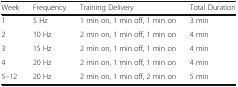
<table><thead><tr><td><b>Week</b></td><td><b>Frequency</b></td><td><b>Training Delivery</b></td><td><b>Total Duration</b></td></tr></thead><tbody><tr><td>1</td><td>5 Hz</td><td>1 min on, 1 min off, 1 min on</td><td>3 min</td></tr><tr><td>2</td><td>10 Hz</td><td>2 min on, 1 min off, 1 min on</td><td>4 min</td></tr><tr><td>3</td><td>15 Hz</td><td>2 min on, 1 min off, 1 min on</td><td>4 min</td></tr><tr><td>4</td><td>20 Hz</td><td>2 min on, 1 min off, 1 min on</td><td>4 min</td></tr><tr><td>5–12</td><td>20 Hz</td><td>2 min on, 1 min off, 2 min on</td><td>5 min</td></tr></tbody></table>